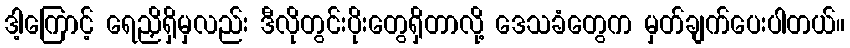
ဒါ့ကြောင့် ရေညှိရှိမှလည်း ဒီလိုတွင်းပိုးတွေရှိတာလို့ ဒေသခံတွေက မှတ်ချက်ပေးပါတယ်။